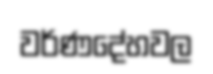
වර්ණදේහවල